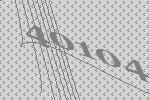
40104